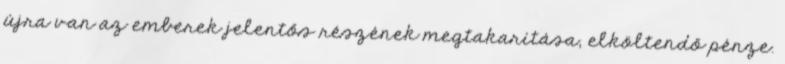
újra van az emberek jelentős részének megtakarítása, elköltendő pénze.